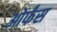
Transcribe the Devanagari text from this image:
ओर्फंस